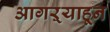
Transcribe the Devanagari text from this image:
आगऱ्याहून